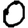
Digit: 0